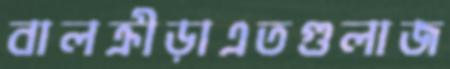
বালক্রীড়াএতগুলাজ